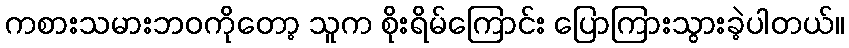
ကစားသမားဘဝကိုတော့ သူက စိုးရိမ်ကြောင်း ပြောကြားသွားခဲ့ပါတယ်။